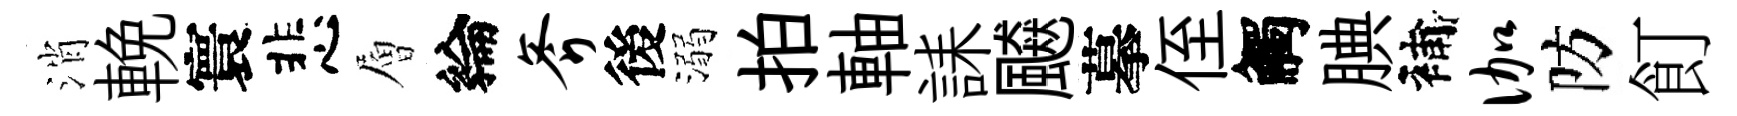
消輓寰悲層綸斧後溺拍軸誄飇摹侄觸腆補伽防飣